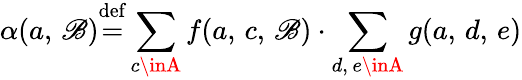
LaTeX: \alpha(a,\, \mathscr{B}){\stackrel{\mathrm{{def}}}{=}}\displaystyle\sum_{c\inA}f(a,\, c,\, \mathscr{B})\cdot\sum_{d,\, e\inA}g(a,\, d,\, e)